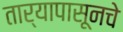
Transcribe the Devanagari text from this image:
तार्‍यापासूनचे